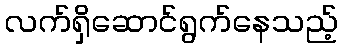
လက်ရှိဆောင်ရွက်နေသည့်